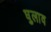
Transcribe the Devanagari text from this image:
घुलाव